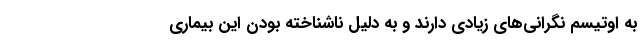
به اوتیسم نگرانی‌های زیادی دارند و به دلیل ناشناخته بودن این بیماری